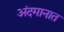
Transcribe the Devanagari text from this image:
अंदमानात